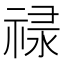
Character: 𬓈